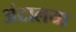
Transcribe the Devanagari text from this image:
अंटालया